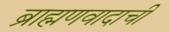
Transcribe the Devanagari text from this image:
ब्राह्मणवादाची